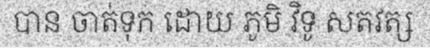
បាន ចាត់ទុក ដោយ ភូមិ វិទូ សតវត្ស